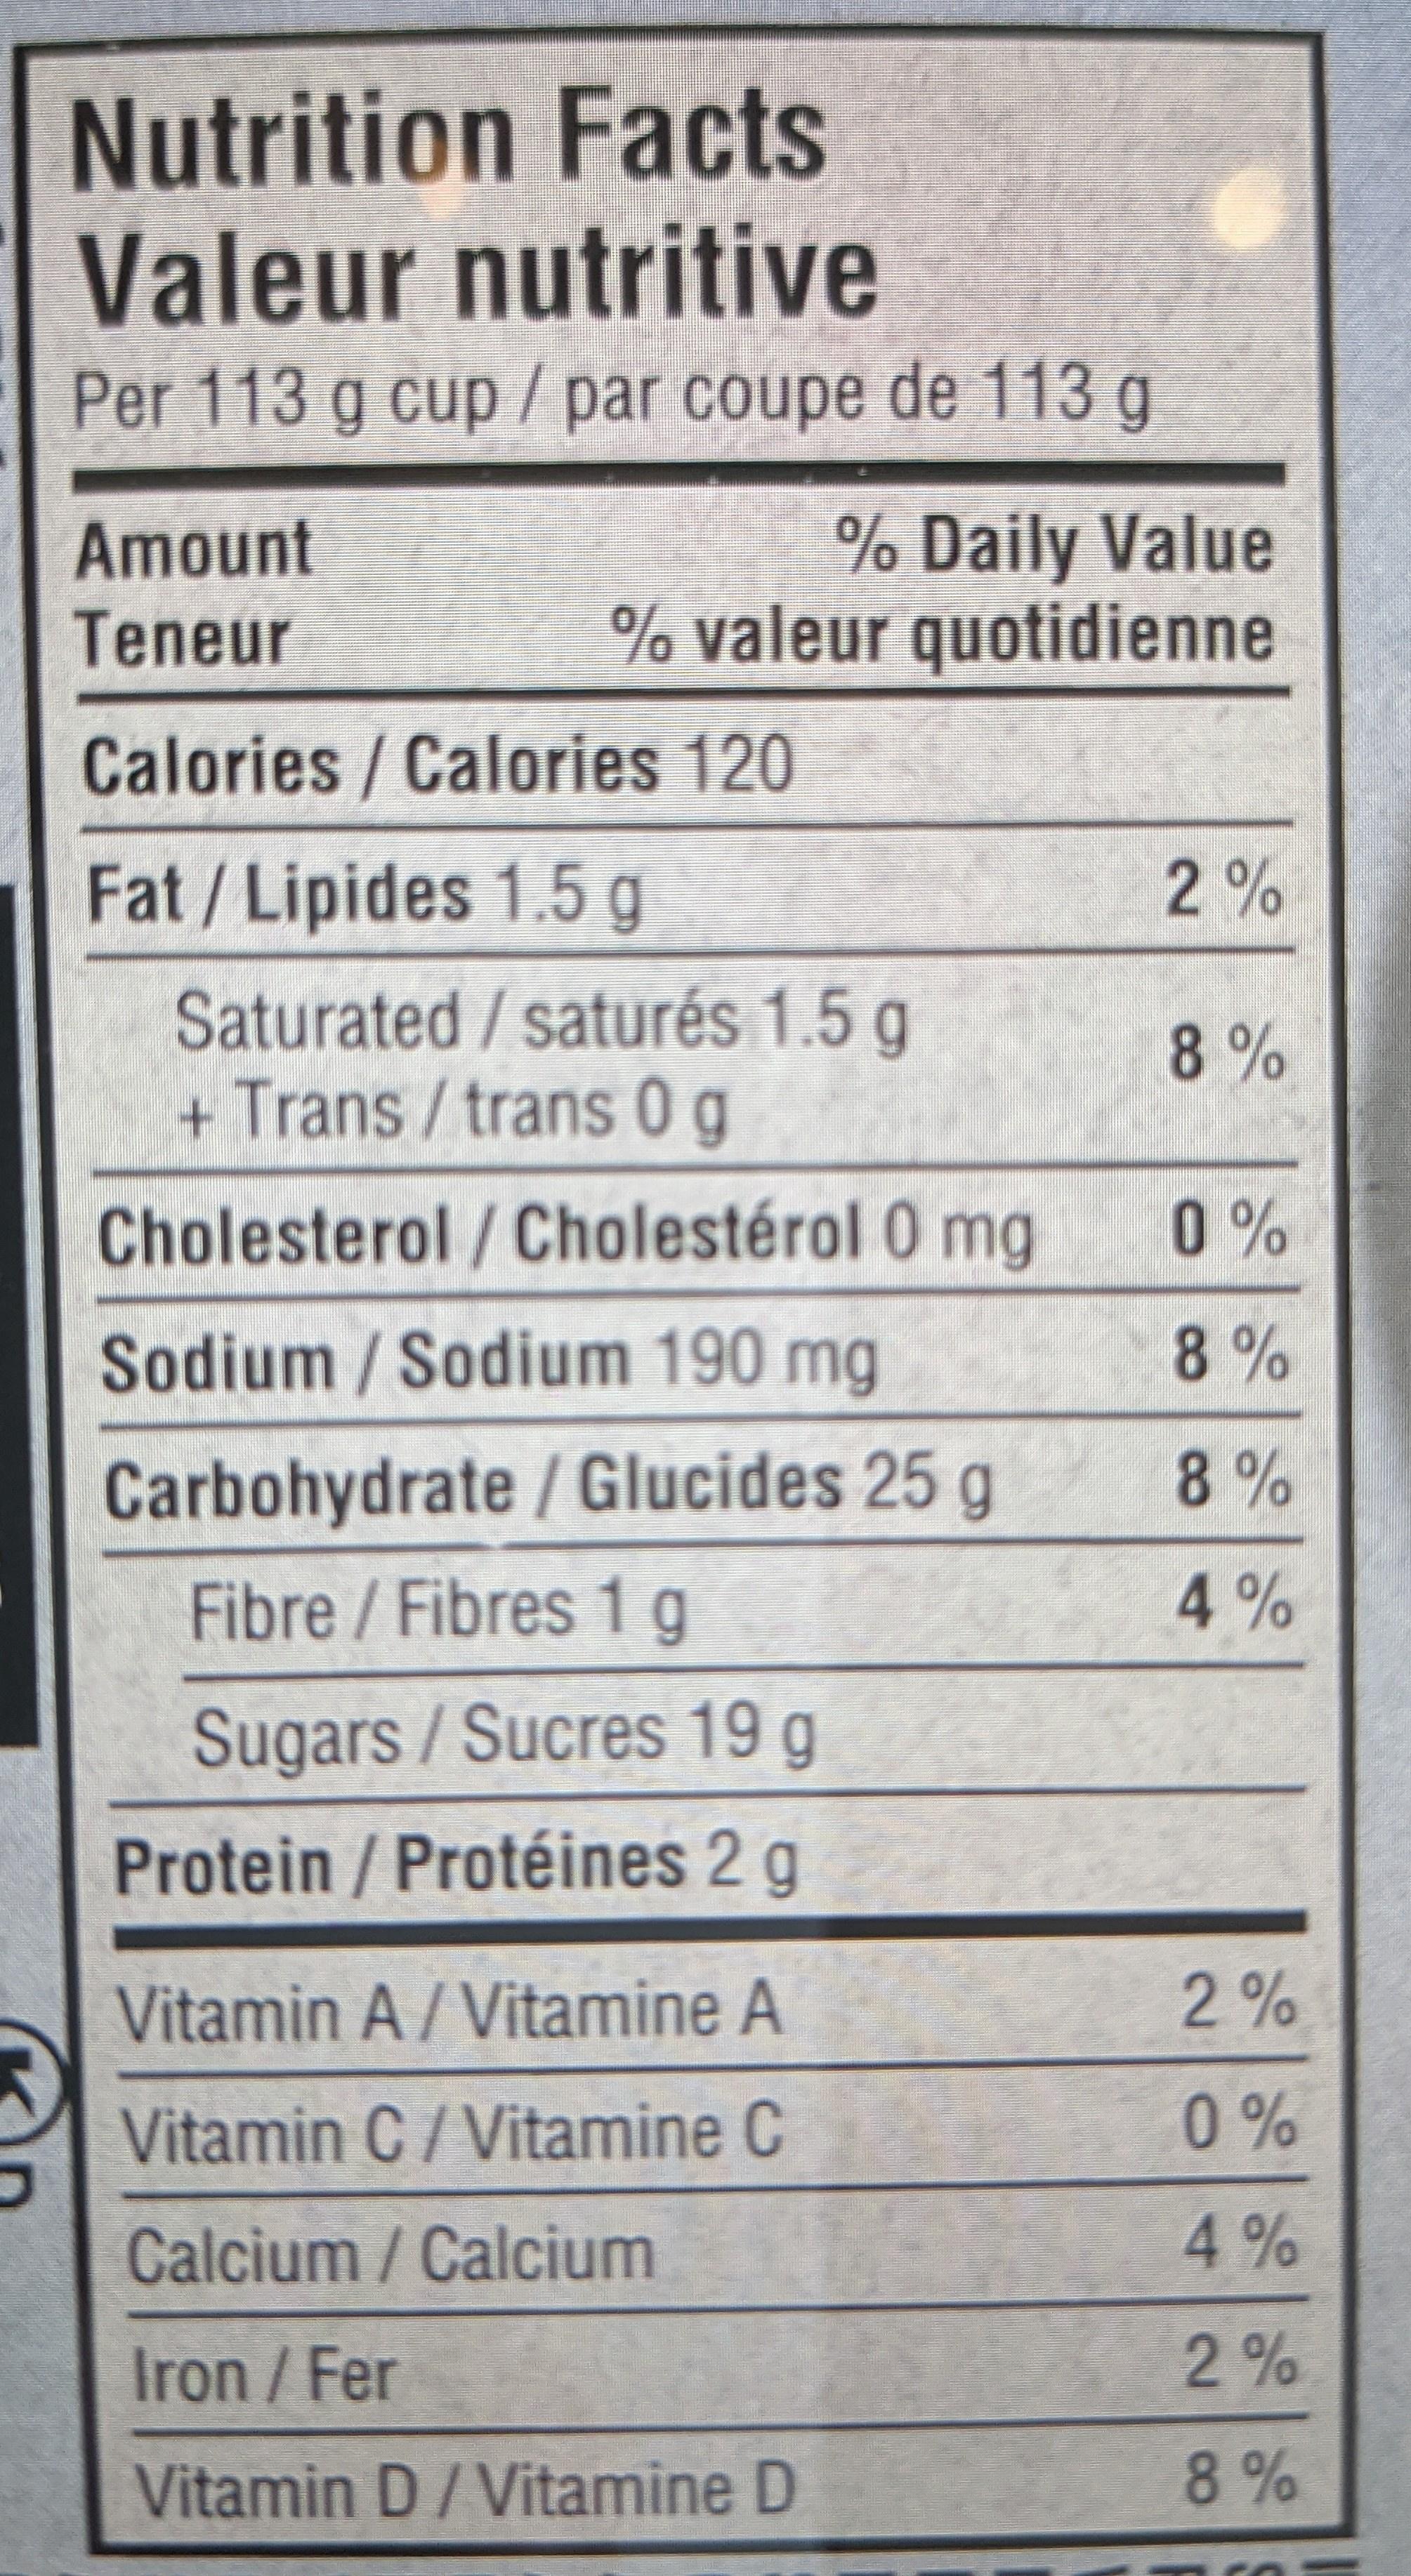
Nutrition Facts Valeur nutritive
Per 113 g cup / par coupe de 113 g
Amount
Teneur
% Daily Value % valeur quotidienne
Calories/Calories 120
Fat/Lipides 1.5 g
Saturated/saturés 1.5 g + Trans / trans 0g
Cholesterol/Cholestérol 0 mg
Sodium/Sodium 190 mg
Carbohydrate / Glucides 25 g
Fibre / Fibres 1 g
Sugars / Sucres 19 g
Protein / Protéines 2 g
Vitamin A / Vitamine A
Vitamin C / Vitamine C
Calcium / Calcium
Iron / Fer
Vitamin D /Vitamine D
2%
8%
0%
8%
8%
4%
2%
0%
4%
2%
8%